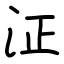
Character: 泟